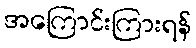
အကြောင်းကြားရန်